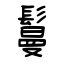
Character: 鬘